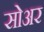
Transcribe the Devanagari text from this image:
सोअर